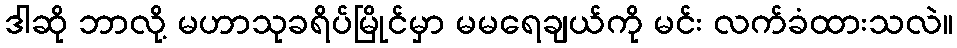
ဒါဆို ဘာလို့ မဟာသုခရိပ်မြိုင်မှာ မမရေချယ်ကို မင်း လက်ခံထားသလဲ။